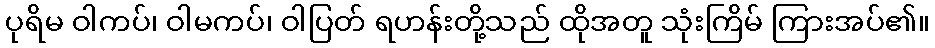
ပုရိမ ဝါကပ်၊ ဝါမကပ်၊ ဝါပြတ် ရဟန်းတို့သည် ထိုအတူ သုံးကြိမ် ကြားအပ်၏။